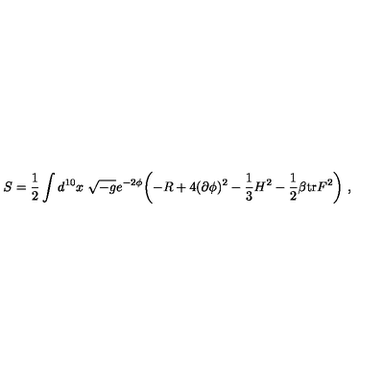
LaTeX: S = { \frac { 1 } { 2 } } \int d ^ { 1 0 } x \ \sqrt { - g } e ^ { - 2 \phi } \biggl ( - R + 4 ( \partial \phi ) ^ { 2 } - { \frac { 1 } { 3 } } H ^ { 2 } - { \frac { 1 } { 2 } } \beta \mathrm { t r } F ^ { 2 } \biggr ) \ ,